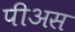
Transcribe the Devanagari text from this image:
पीअस